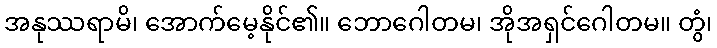
အနုဿရာမိ၊ အောက်မေ့နိုင်၏။ ဘောဂေါတမ၊ အိုအရှင်ဂေါတမ။ တွံ၊